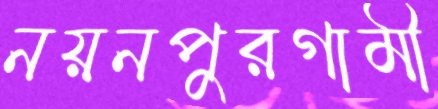
নয়নপুরগামী